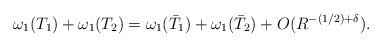
LaTeX: \begin{align*} \omega_1(T_1) + \omega_1(T_2) = \omega_1(\bar T_1) + \omega_1(\bar T_2) + O(R^{-(1/2) + \delta}). \end{align*}